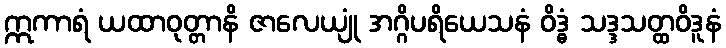
ဣကာရံ ယထာဝုတ္တာနိ ဇာလေယျုံ အဂ္ဂိပရိယေသနံ ဝိဒ္ဓံ သဒ္ဒသတ္ထဝိဒူနံ